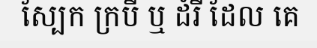
ស្បែក ក្របី ឬ ដំរី ដែល គេ